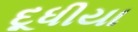
દૂધીયા